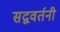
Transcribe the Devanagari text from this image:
सद्ववर्तनी